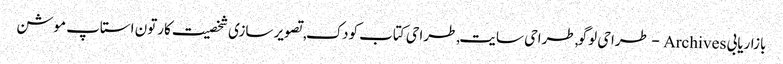
بازاریابی Archives - طراحی لوگو,طراحی سایت,طراحی کتاب کودک,تصویر سازی شخصیت کارتون استاپ موشن